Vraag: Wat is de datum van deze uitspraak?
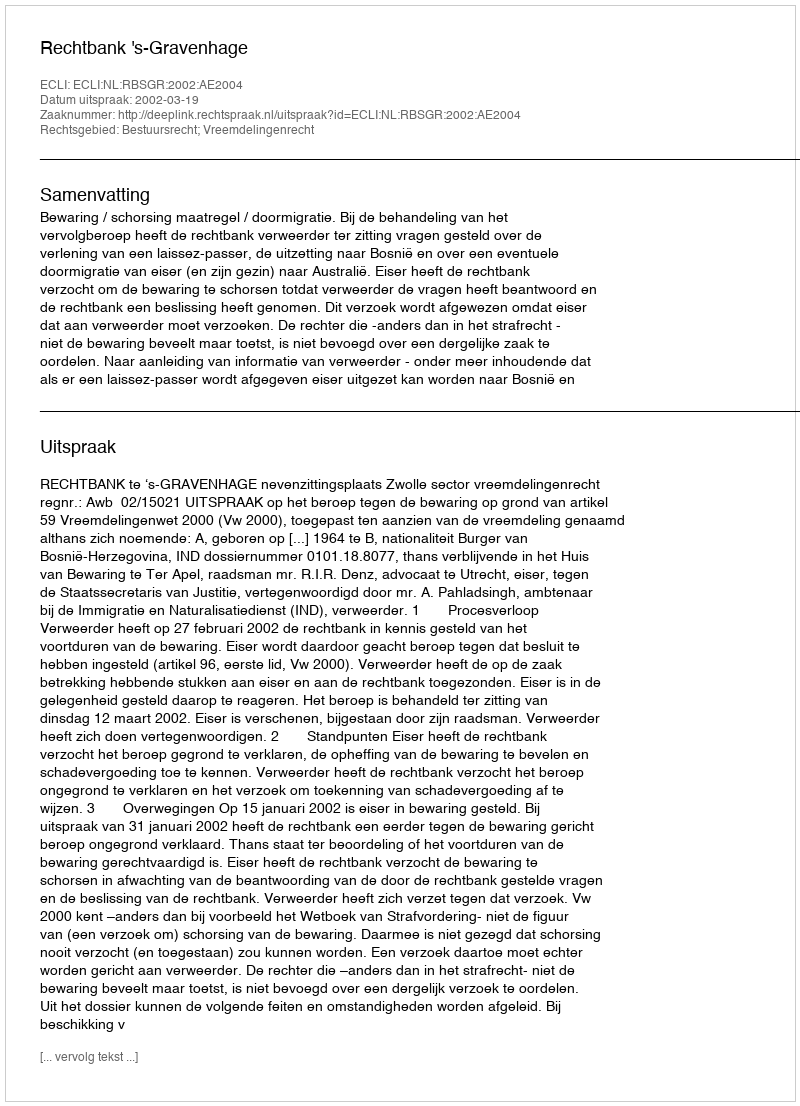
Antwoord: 2002-03-19